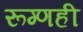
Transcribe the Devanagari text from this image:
रूग्णही